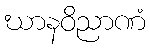
ဃာနဝိညာဏံ